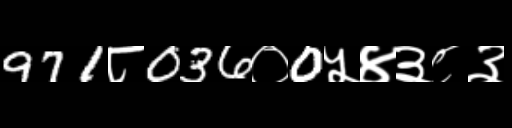
Text: 971८036०0५४३८३